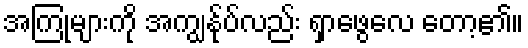
အကြုံများကို အကျွန်ုပ်လည်း ရှာဖွေလေ တော့၏။